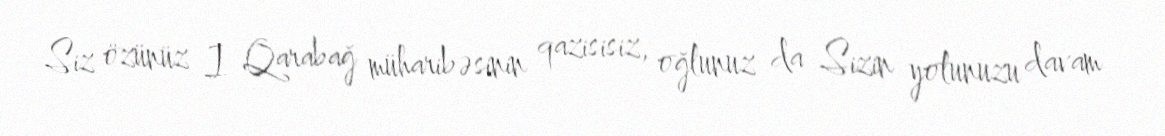
Siz özünüz I Qarabağ müharibəsinin qazisisiz, oğlunuz da Sizin yolunuzu davam